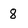
Character: 8